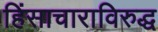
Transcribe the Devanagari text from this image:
हिंसाचाराविरुद्ध